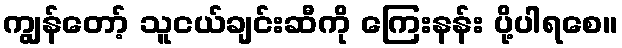
ကျွန်တော့် သူငယ်ချင်းဆီကို ကြေးနန်း ပို့ပါရစေ။